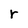
Character: r